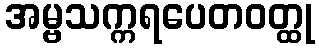
အမ္ဗသက္ကရပေတဝတ္ထု